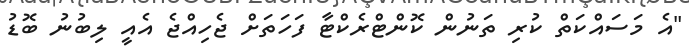
"އެ މަސައްކަތް ކުރި ތަނުން ކޮންޓްރެކްޓާ ފަހަތަށް ޖެހިއްޖެ އެއީ ލިބުނު ބޮޑު